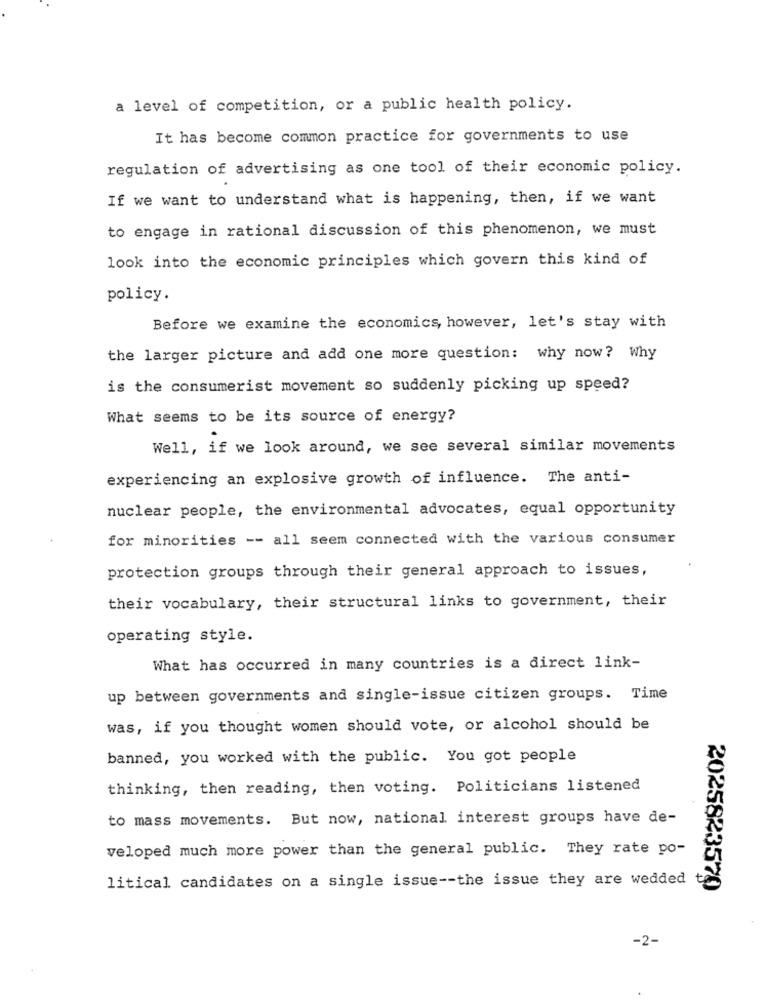
a level of competition, or a public health policy.
It has become common practice for governments to use
regulation of advertising as one tool of their economic policy.
If we want to understand what is happening, then, if we want
to engage in rational discussion of this phenomenon, we must
look into the economic principles which govern this kind of
policy.
Before we examine the economics, however, let's stay with
the larger picture and add one more question: why now? Why
is the consumerist movement so suddenly picking up speed?
What seems to be its source of energy?
Well, if we look around, we see several similar movements
experiencing an explosive growth of influence. The anti-
nuclear people, the environmental advocates, equal opportunity
for minorities -- all seem connected with the various consumer
protection groups through their general approach to issues,
their vocabulary, their structural links to government, their
operating style.
What has occurred in many countries is a direct link-
up between governments and single-issue citizen groups. Time
was, if you thought women should vote, or alcohol should be
banned, you worked with the public. You got people
thinking, then reading, then voting. Politicians listened
to mass movements. But now, national interest groups have de-
veloped much more power than the general public. They rate po-
litical candidates on a single issue -- the issue they are wedded
2025823570
-2-